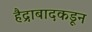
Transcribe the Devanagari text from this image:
हैद्राबादकडून